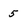
Character: 5